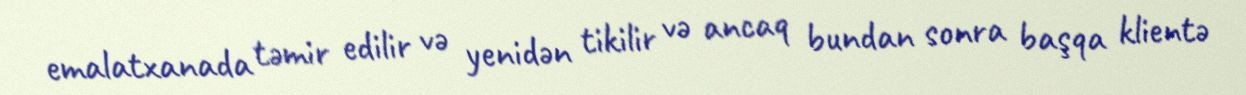
emalatxanada təmir edilir və yenidən tikilir və ancaq bundan sonra başqa klientə